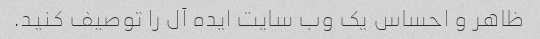
ظاهر و احساس یک وب سایت ایده آل را توصیف کنید.